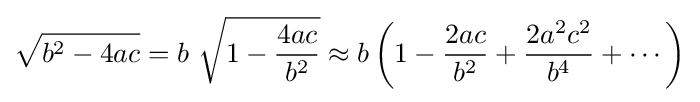
{\sqrt {b^{2}-4ac}}=b\ {\sqrt {1-{\frac {4ac}{b^{2}}}}}\approx b\left(1-{\frac {2ac}{b^{2}}}+{\frac {2a^{2}c^{2}}{b^{4}}}+\cdots \right)